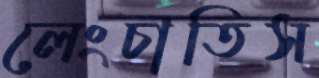
লেংচাতিস